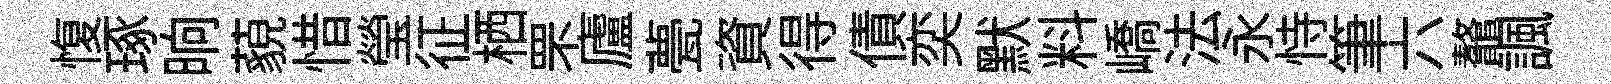
愎琢晌藐惜瑩征栖罘廬甍資得債奕默料嶠法永恃筆六鼇諷